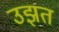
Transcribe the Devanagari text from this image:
उझत